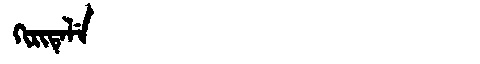
Manchu: ᡴᡳᡵᡳᡨᡝᠯᡝ
Romanization: KIRITELE